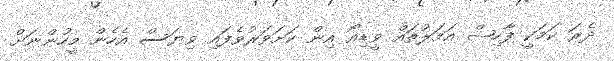
ދެރަ ކަމަކީ ފާހިޝް އަމަލުތައް ވީޑިއޯ އިން ކަށަވަރުވެފައި ވިޔަސް އެހެން މީހުންނަށް